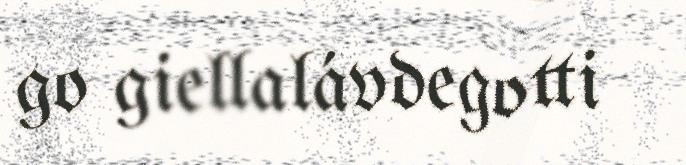
go giellalávdegotti